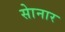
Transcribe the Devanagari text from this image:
साेनार